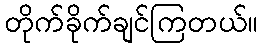
တိုက်ခိုက်ချင်ကြတယ်။